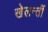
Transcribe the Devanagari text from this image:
खेलन्तीं